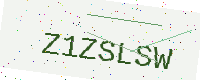
Text: Z1ZSLSW